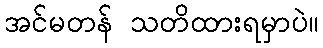
အင်မတန် သတိထားရမှာပဲ။